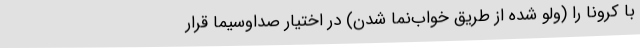
با کرونا را (ولو شده از طریق خواب‌نما شدن) در اختیار صداوسیما قرار